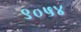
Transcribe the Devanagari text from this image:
९०५४